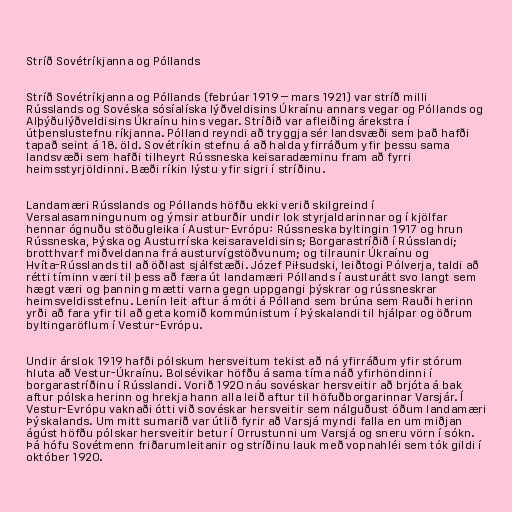
Stríð Sovétríkjanna og Póllands

Stríð Sovétríkjanna og Póllands (febrúar 1919 – mars 1921) var stríð milli
Rússlands og Sovéska sósíalíska lýðveldisins Úkraínu annars vegar og Póllands og
Alþýðulýðveldisins Úkraínu hins vegar. Stríðið var afleiðing árekstra í
útþenslustefnu ríkjanna. Pólland reyndi að tryggja sér landsvæði sem það hafði
tapað seint á 18. öld. Sovétríkin stefnu á að halda yfirráðum yfir þessu sama
landsvæði sem hafði tilheyrt Rússneska keisaradæminu fram að fyrri
heimsstyrjöldinni. Bæði ríkin lýstu yfir sigri í stríðinu.

Landamæri Rússlands og Póllands höfðu ekki verið skilgreind í
Versalasamningunum og ýmsir atburðir undir lok styrjaldarinnar og í kjölfar
hennar ógnuðu stöðugleika í Austur-Evrópu: Rússneska byltingin 1917 og hrun
Rússneska, Þýska og Austurríska keisaraveldisins; Borgarastríðið í Rússlandi;
brotthvarf miðveldanna frá austurvígstöðvunum; og tilraunir Úkraínu og
Hvíta-Rússlands til að öðlast sjálfstæði. Józef Piłsudski, leiðtogi Pólverja, taldi að
rétti tíminn væri til þess að færa út landamæri Póllands í austurátt svo langt sem
hægt væri og þanning mætti varna gegn uppgangi þýskrar og rússneskrar
heimsveldisstefnu. Lenín leit aftur á móti á Pólland sem brúna sem Rauði herinn
yrði að fara yfir til að geta komið kommúnistum í Þýskalandi til hjálpar og öðrum
byltingaröflum í Vestur-Evrópu.

Undir árslok 1919 hafði pólskum hersveitum tekist að ná yfirráðum yfir stórum
hluta að Vestur-Úkraínu. Bolsévikar höfðu á sama tíma náð yfirhöndinni í
borgarastríðinu í Rússlandi. Vorið 1920 náu sovéskar hersveitir að brjóta á bak
aftur pólska herinn og hrekja hann alla leið aftur til höfuðborgarinnar Varsjár. Í
Vestur-Evrópu vaknaði ótti við sovéskar hersveitir sem nálguðust óðum landamæri
Þýskalands. Um mitt sumarið var útlið fyrir að Varsjá myndi falla en um miðjan
ágúst höfðu pólskar hersveitir betur í Orrustunni um Varsjá og sneru vörn í sókn.
Þá hófu Sovétmenn friðarumleitanir og stríðinu lauk með vopnahléi sem tók gildi í
október 1920.